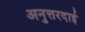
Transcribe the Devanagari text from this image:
अनुत्तरदाई